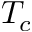
T _ { c }